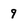
Character: 9